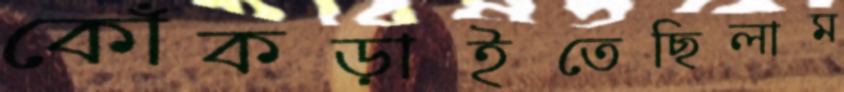
কোঁকড়াইতেছিলাম